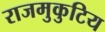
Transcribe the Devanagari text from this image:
राजमुकुटिय